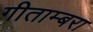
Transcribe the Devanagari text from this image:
गीताम्बरा